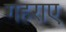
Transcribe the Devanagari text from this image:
गहराए